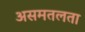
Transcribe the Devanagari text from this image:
असमतलता